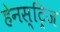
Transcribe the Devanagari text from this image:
हेनस्ट्रिज